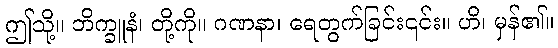
ဤသို့။ ဘိက္ခူနံ၊ တို့ကို။ ဂဏနာ၊ ရေတွက်ခြင်း၎င်း။ ဟိ၊ မှန်၏။